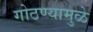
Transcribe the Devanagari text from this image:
गोठण्यामुळे